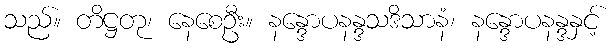
သည်။ တိဋ္ဌတု၊ နေစေဦး။ နန္ဒောပနန္ဒသဒိသာနံ၊ နန္ဒောပနန္ဒနှင့်